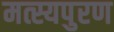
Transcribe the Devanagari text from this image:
मत्स्यपुरण